Burma Government Medical School reports 1923-41
Year: 1923
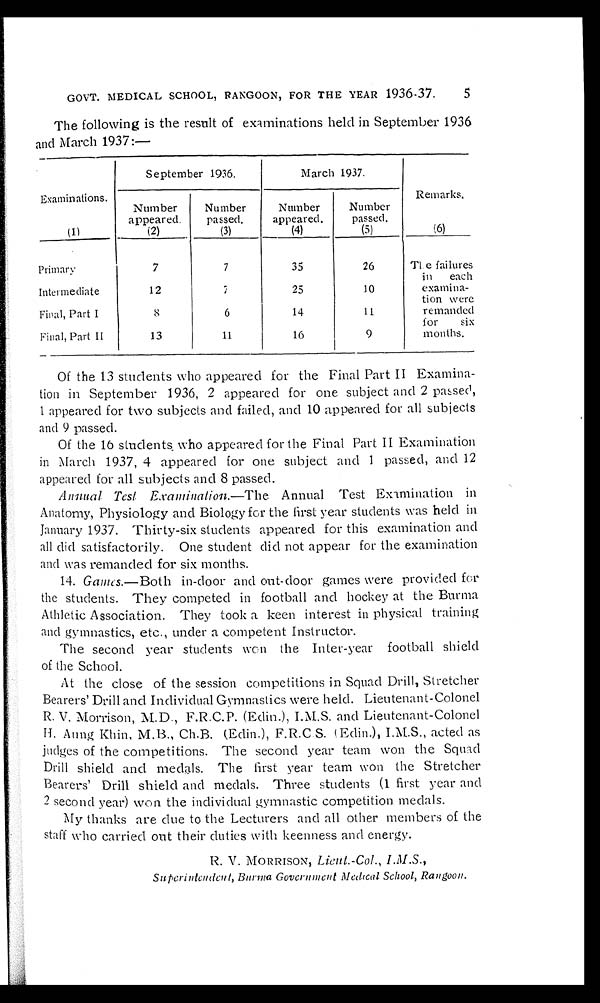
GOVT. MEDICAL SCHOOL, RANGOON, FOR THE YEAR 1936-37.
The following is the result of examinations held in September 1936
and March 1937:—
Examinations.
September 1936.
March 1937.
Remarks.
Number
appeared.
Number
passed.
Number
appeared.
Number
passed.
(1)
(2)
(3)
(4)
(5)
(6)
Primary
7
7
35
26
The failures
in each
examina-
tion were
remanded
for six
months.
Intermediate
12
7
25
10
Final, Part I
8 6
14
11
Final, Part II
13
11
16
9
Of the 13 students who appeared for the Final Part II Examina-
tion in September 1936, 2 appeared for one subject and 2 passed,
1 appeared for two subjects and failed, and 10 appeared for all subjects
and 9 passed.
Of the 16 students who appeared for the Final Part II Examination
in March 1937, 4 appeared for one subject and 1 passed, and 12
appeared for all subjects and 8 passed.
Annual Test Examination .—The Annual Test Examination in
Anatomy, Physiology and Biology for the first year students was held in
January 1937. Thirty-six students appeared for this examination and
all did satisfactorily. One student did not appear for the examination
and was remanded for six months.
14. Games .—Both in-door and out-door games were provided for
the students. They competed in football and hockey at the Burma
Athletic Association. They took a keen interest in physical training
and gymnastics, etc., under a competent Instructor.
The second year students won the Inter-year football shield
of the School.
At the close of the session competitions in Squad Drill, Stretcher
Bearers' Drill and Individual Gymnastics were held. Lieutenant-Colonel
R. V. Morrison, M.D., F.R.C.P. (Edin.), I.M.S. and Lieutenant-Colonel
H. Aung Khin, M.B., Ch.B. (Edin.), F.R.C.S. (Edin.), I.M.S., acted as
judges of the competitions. The second year team won the Squad
Drill shield and medals. The first year team won the Stretcher
B e a r e r s ' D r i l l s h i e l d a n d me d a l s . T h r e e s t u d e n t s ( 1 f i r s t y e a r a n d
2 second year) won the individual gymnastic competition medals.
My thanks are due to the Lecturers and all other members of the
staff who carried out their duties with keenness and energy.
R. V. MORRISON, Lieut.-Col., I.M.S.,
Superintendent Burma Government Medical School, Rangoon.
5